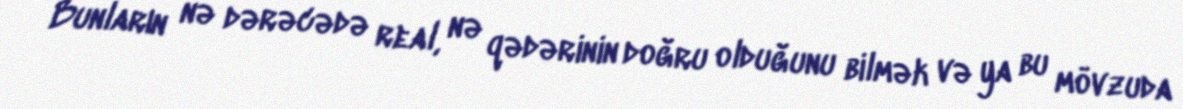
Bunların nə dərəcədə real, nə qədərinin doğru olduğunu bilmək və ya bu mövzuda